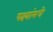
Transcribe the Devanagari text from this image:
पक्ष्यांमधे